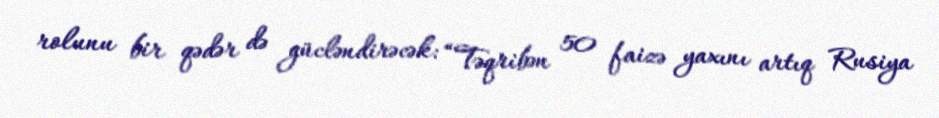
rolunu bir qədər də gücləndirəcək: “Təqribən 50 faizə yaxını artıq Rusiya